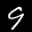
Label: 9